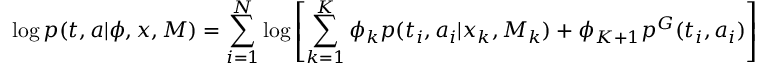
\log p ( t , a | \phi , x , M ) = \sum _ { i = 1 } ^ { N } \log \left[ \sum _ { k = 1 } ^ { K } \phi _ { k } p ( t _ { i } , a _ { i } | x _ { k } , M _ { k } ) + \phi _ { K + 1 } p ^ { G } ( t _ { i } , a _ { i } ) \right] .